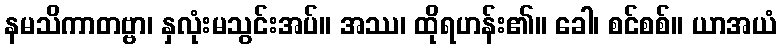
နမသိကာတဗ္ဗာ၊ နှလုံးမသွင်းအပ်။ အဿ၊ ထိုရဟန်း၏။ ခေါ၊ စင်စစ်။ ယာအယံ